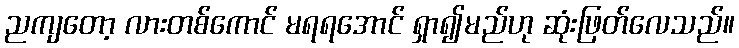
ညကျတော့ လားတစ်ကောင် မရရအောင် ရှာ၍မည်ဟု ဆုံးဖြတ်လေသည်။